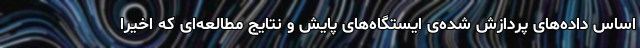
اساس داده‌های پردازش شده‌ی ایستگاه‌های پایش و نتایج مطالعه‌ای که اخیرا